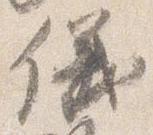
儀